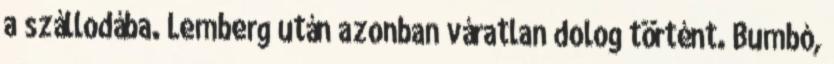
a szállodába. Lemberg után azonban váratlan dolog történt. Bumbó,